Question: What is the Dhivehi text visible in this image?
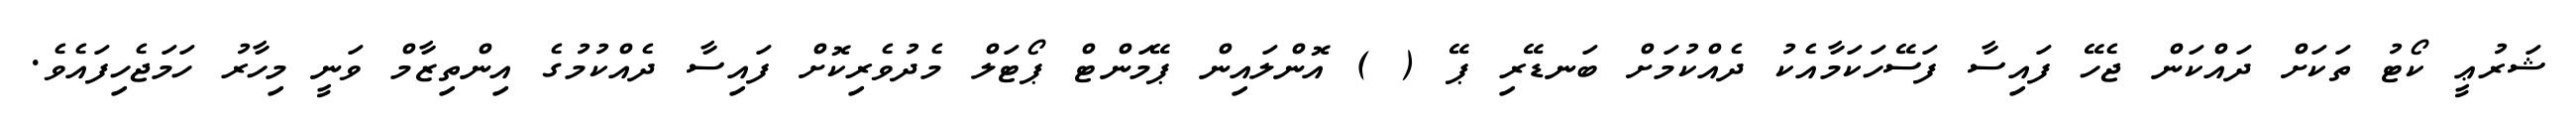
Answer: ޝަރުޢީ ކޯޓު ތަކަށް ދައްކަން ޖެހޭ ފައިސާ ފަސޭހަކަމާއެކު ދެއްކުމަށް ބަނޑޭރި ޕޭ ( ) އޮންލައިން ޕޭމަންޓް ޕޯޓަލް މެދުވެރިކޮށް ފައިސާ ދެއްކުމުގެ އިންތިޒާމް ވަނީ މިހާރު ހަމަޖެހިފައެވެ.